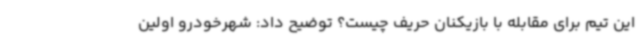
این تیم برای مقابله با بازیکنان حریف چیست؟ توضیح داد: شهرخودرو اولین